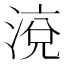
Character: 渷